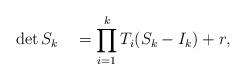
LaTeX: \begin{align*}\det S_k \quad=\prod_{i=1}^k T_i(S_k-I_k) + r,\end{align*}